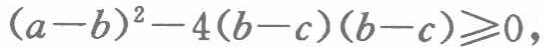
\((a - b)^2 - 4(b - c)(b - c) \geq 0\)